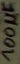
Text: 100µF